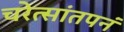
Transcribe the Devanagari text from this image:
चरेत्सांतपनं